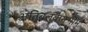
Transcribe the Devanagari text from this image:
अतिबलवानभीम